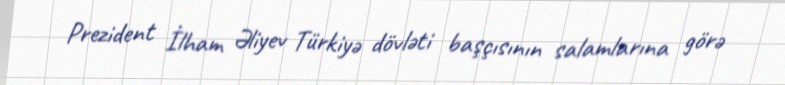
Prezident İlham Əliyev Türkiyə dövləti başçısının salamlarına görə